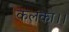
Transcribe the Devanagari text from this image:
कलंका।।